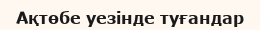
Ақтөбе уезінде туғандар